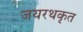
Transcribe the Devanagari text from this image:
जयरथकृत